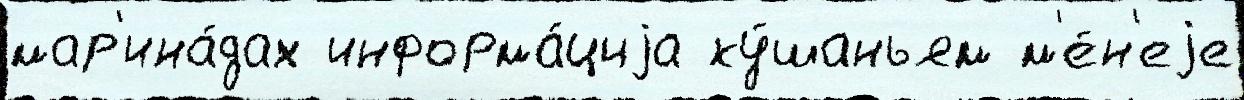
мар'ина́дах информа́циjа ку́шаньям м'е́н'еjе